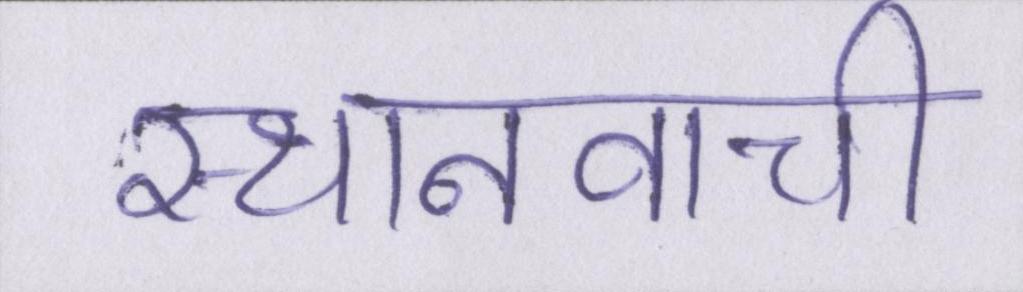
स्थानवाची